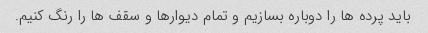
باید پرده ها را دوباره بسازیم و تمام دیوارها و سقف ها را رنگ کنیم.